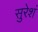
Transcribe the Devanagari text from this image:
सुरेशं